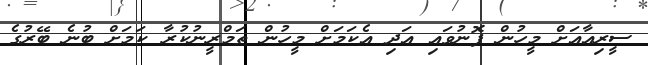
ސީރިއާއަށް މީހުން ފޮނުވައި އަދި އެކަމަށް މީހުން ތަމްރީނުކުރާ ކަމަށް ބުނެ ބޭރުގެ